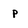
Character: p